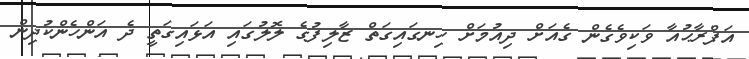
އަފްރާޙުއާ ވަކިވެގެން ގެއަށް ދިއުމަށް ހިނގައިގަތް ޒާލިފުގެ ލޮލުގައި އަޅައިގަތީ ދެ އަންހެންކުދިން